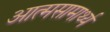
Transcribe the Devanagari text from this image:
आत्मसामार्थ्य